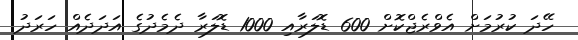
ހޭދަ ކުރުމަށް އެވްރެޖްކޮށް 600 ޑޮލަރާއި 1000 ޑޮލަރާ ދެމެދުގެ އަދަދެއް ހަރަދު